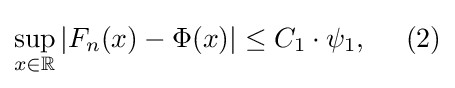
\sup _{x\in \mathbb {R} }\left|F_{n}(x)-\Phi (x)\right|\leq C_{1}\cdot \psi _{1},\ \ \ \ (2)